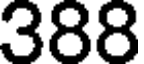
388